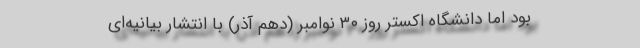
بود اما دانشگاه اکستر روز ۳۰ نوامبر (دهم آذر) با انتشار بیانیه‌ای